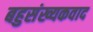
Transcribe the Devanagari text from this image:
बहुसंख्यकवाद